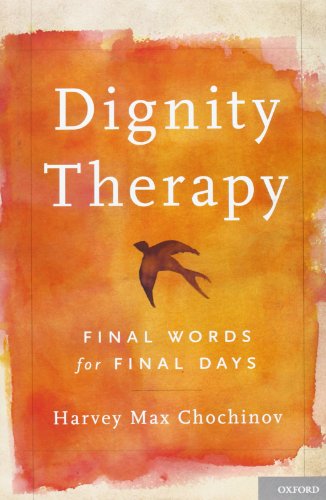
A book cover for Dignity Therapy: Final Words for Final Days; Harvey Max Chochinov; Self-Help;